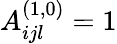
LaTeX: A_{ijl}^{(1,0)}=1